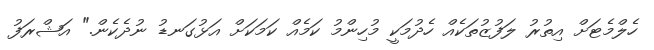
ހެލްމެޓަށް އިތުރު ލަފުޒުތަކެއް ހެދުމަކީ މުހިންމު ކަމެއް ކަމަކަށް އަޅުގަނޑު ނުދެކެން." އަޝްރަފު